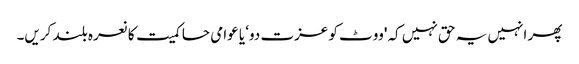
پھر انہیں یہ حق نہیں کہ 'ووٹ کو عزت دو‘ یا عوامی حاکمیت کا نعرہ بلند کریں۔